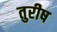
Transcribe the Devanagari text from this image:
तुरीष